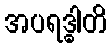
အပရဒ္ဓါတိ